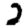
Digit: 2